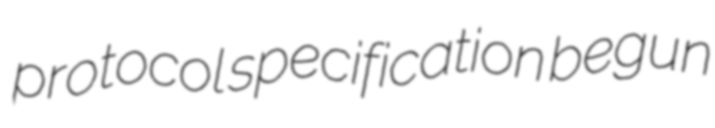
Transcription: protocol specification begun